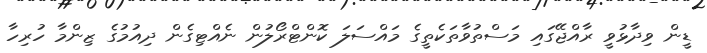
ޑީން ވިދާޅުވީ ރާއްޖޭގައި މަސްތުވާތަކެތީގެ މައްސަލަ ކޮންޓްރޯލުން ނެއްޓިގެން ދިއުމުގެ ޒިންމާ ހުރިހާ